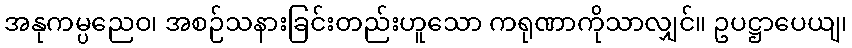
အနုကမ္ပညေဝ၊ အစဉ်သနားခြင်းတည်းဟူသော ကရုဏာကိုသာလျှင်။ ဥပဋ္ဌာပေယျ၊